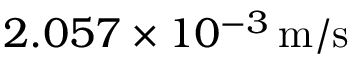
2 . 0 5 7 \times 1 0 ^ { - 3 } \, \mathrm { m } / \mathrm { s }